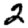
Digit: 2